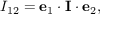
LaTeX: I _ { 1 2 } = \mathbf { e } _ { 1 } \cdot \mathbf { I } \cdot \mathbf { e } _ { 2 } ,